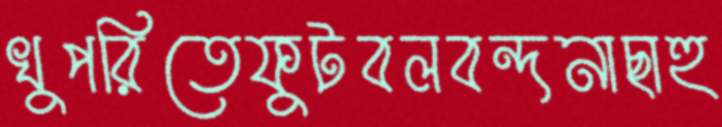
খুপরিতেফুটবলবন্দনাছাহু